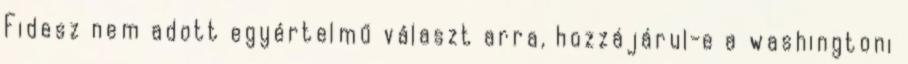
Fidesz nem adott egyértelmű választ arra, hozzájárul-e a washingtoni